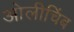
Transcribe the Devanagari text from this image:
ओलीचिंब